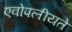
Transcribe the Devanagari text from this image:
एवोपलीयते